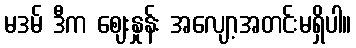
မဒမ် ဒီက ဈေးနှုန်း အလျော့အတင်းမရှိပါ။